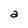
Character: a